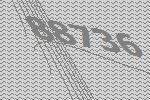
88736